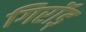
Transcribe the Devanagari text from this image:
गिरॉड्